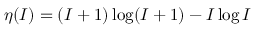
\eta ( I ) = ( I + 1 ) \log ( I + 1 ) - I \log I